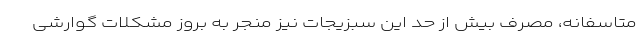
متاسفانه، مصرف بیش از حد این سبزیجات نیز منجر به بروز مشکلات گوارشی